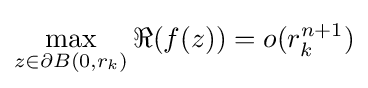
\max _{z\in \partial B(0,r_{k})}\Re (f(z))=o(r_{k}^{n+1})